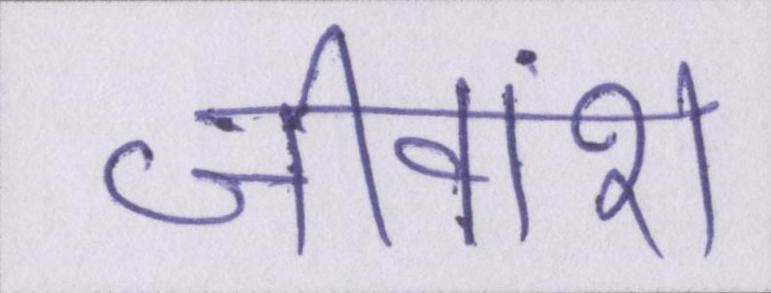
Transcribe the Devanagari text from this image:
जीवांश